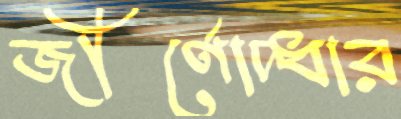
জীর্ণোদ্ধার